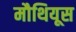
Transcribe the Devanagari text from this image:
मौथियूस